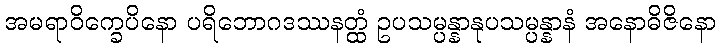
အမရာဝိက္ခေပိနော ပရိဘောဂဒဿနတ္ထံ ဥပသမ္ပန္နာနုပသမ္ပန္နာနံ အနောဓိဇိနော